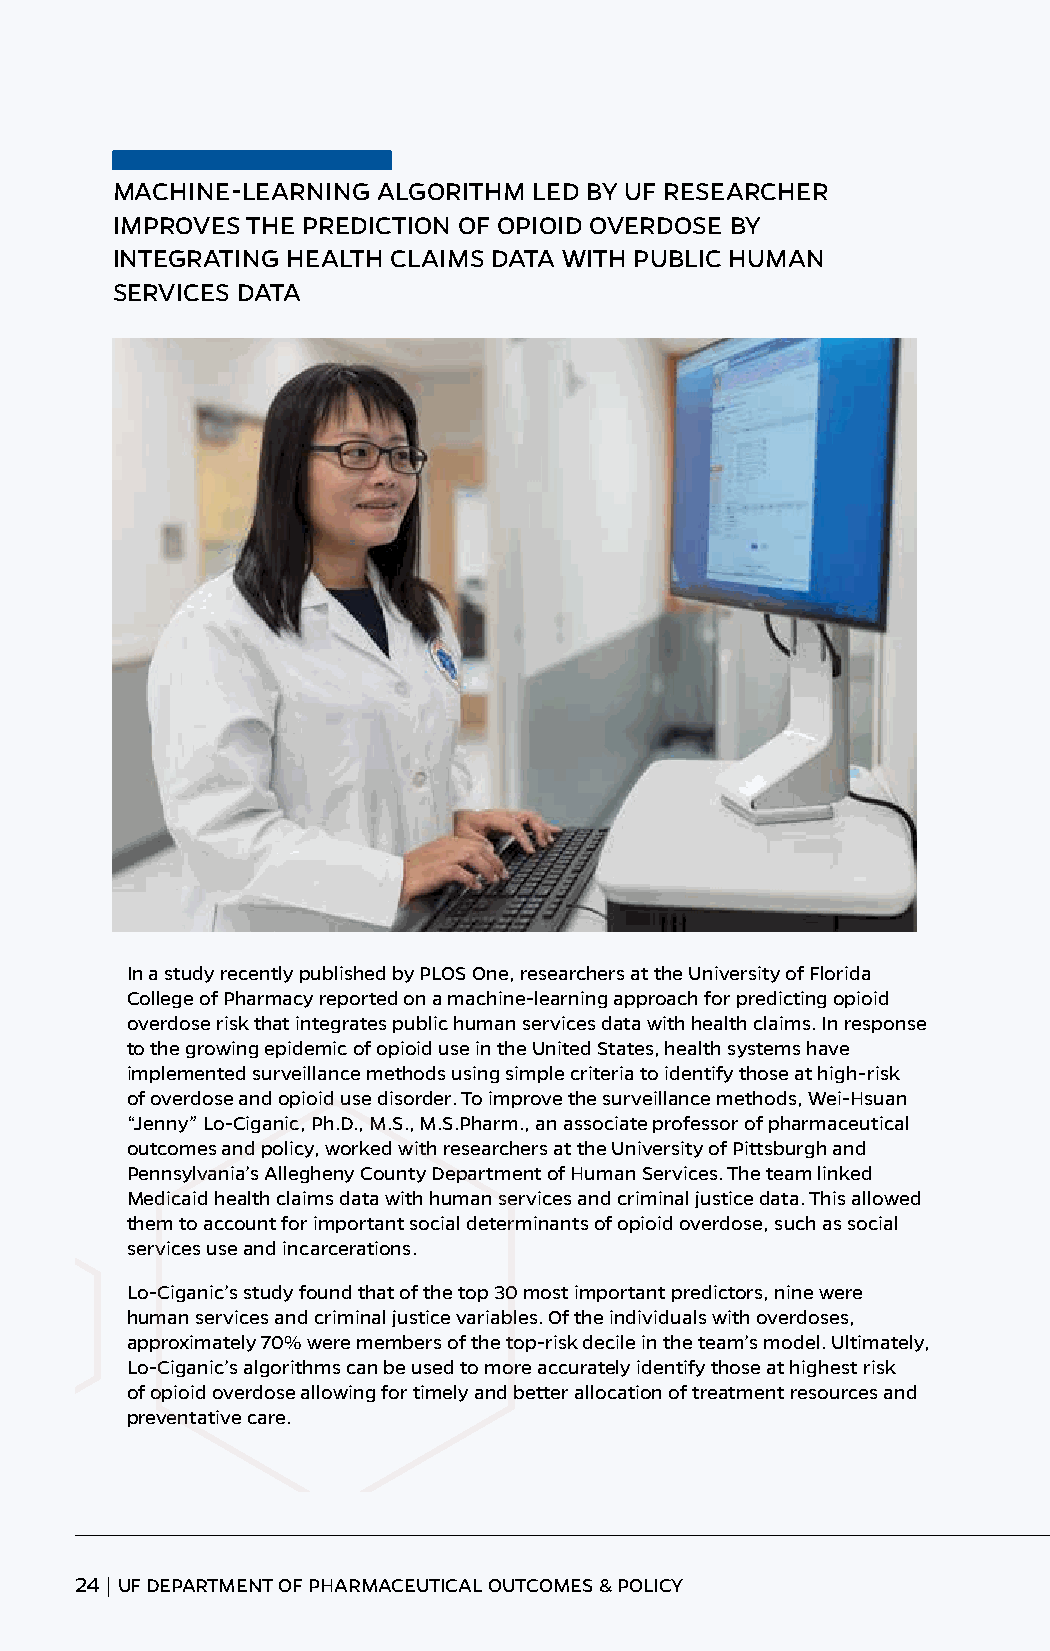
MACHINE-LEARNING  ALGORITHM LED BY UF RESEARCHER
 IMPROVES THE PREDICTION OF OPIOID OVERDOSE BY
 INTEGRATING HEALTH CLAIMS DATA WITH PUBLIC HUMAN
 SERVICES DATA
 In a study recently published by PLOS One, researchers at the University of Florida
 College of Pharmacy reported on a machine-learning approach for predicting opioid
 overdose risk that integrates public human services data with health claims. In response
 to the growing epidemic of opioid use in the United States, health systems have
 implemented surveillance methods using simple criteria to identify those at high-risk
 of overdose and opioid use disorder. To improve the surveillance methods, Wei-Hsuan
 “Jenny” Lo-Ciganic, Ph.D., M.S., M.S.Pharm., an associate professor of pharmaceutical
 outcomes and policy, worked with researchers at the University of Pittsburgh and
 Pennsylvania’s Allegheny County Department of Human Services. The team linked
 Medicaid health claims data with human services and criminal justice data. This allowed
 them to account for important social determinants of opioid overdose, such as social
 services use and incarcerations.
 Lo-Ciganic’s study found that of the top 30 most important predictors, nine were
 human services and criminal justice variables. Of the individuals with overdoses,
 approximately 70% were members of the top-risk decile in the team’s model. Ultimately,
 Lo-Ciganic’s algorithms can be used to more accurately identify those at highest risk
 of opioid overdose allowing for timely and better allocation of treatment resources and
 preventative care.
 24 | UF DEPARTMENT OF PHARMACEUTICAL OUTCOMES & POLICY